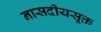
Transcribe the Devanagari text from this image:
नासदीयसूक्त